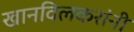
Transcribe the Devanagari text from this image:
खानविलकरांनी